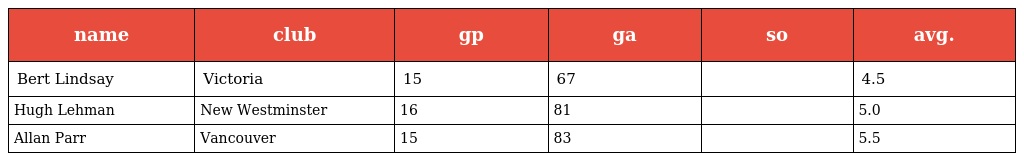
| name | club | gp | ga | so | avg. |
 | --- | --- | --- | --- | --- | --- |
 | Bert Lindsay | Victoria | 15 | 67 |  | 4.5 |
 | Hugh Lehman | New Westminster | 16 | 81 |  | 5.0 |
 | Allan Parr | Vancouver | 15 | 83 |  | 5.5 |